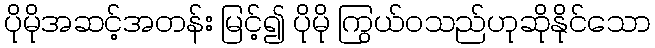
ပိုမိုအဆင့်အတန်း မြင့်၍ ပိုမို ကြွယ်ဝသည်ဟုဆိုနိုင်သော